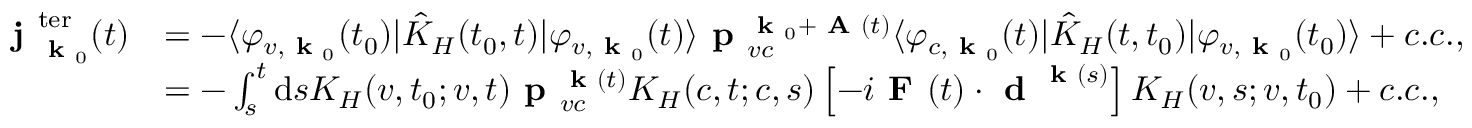
\begin{array} { r l } { \textbf { j } _ { \textbf { k } _ { 0 } } ^ { \mathrm { t e r } } ( t ) } & { = - \langle \varphi _ { v , \textbf { k } _ { 0 } } ( t _ { 0 } ) | \hat { K } _ { H } ( t _ { 0 } , t ) | \varphi _ { v , \textbf { k } _ { 0 } } ( t ) \rangle \textbf { p } _ { v c } ^ { \textbf { k } _ { 0 } + \textbf { A } ( t ) } \langle \varphi _ { c , \textbf { k } _ { 0 } } ( t ) | \hat { K } _ { H } ( t , t _ { 0 } ) | \varphi _ { v , \textbf { k } _ { 0 } } ( t _ { 0 } ) \rangle + c . c . , } \\ & { = - \int _ { s } ^ { t } \mathrm { d } s K _ { H } ( v , t _ { 0 } ; v , t ) \textbf { p } _ { v c } ^ { \textbf { k } ( t ) } K _ { H } ( c , t ; c , s ) \left[ - i \textbf { F } ( t ) \cdot \textbf { d } ^ { \textbf { k } ( s ) } \right] K _ { H } ( v , s ; v , t _ { 0 } ) + c . c . , } \end{array}